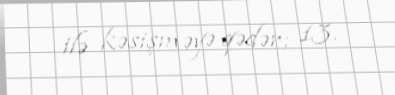
ilə kəsişməyə qədər; 13.